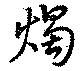
燭